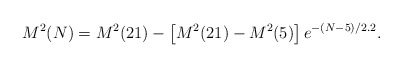
\begin{align*}M^2(N)=M^2(21)-\left[M^2(21)-M^2(5)\right]e^{-(N-5)/2.2}.\end{align*}